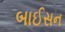
બાઈસન